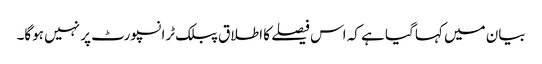
بیان میں کہا گیا ہے کہ اس فیصلے کا اطلاق پبلک ٹرانسپورٹ پر نہیں ہوگا۔